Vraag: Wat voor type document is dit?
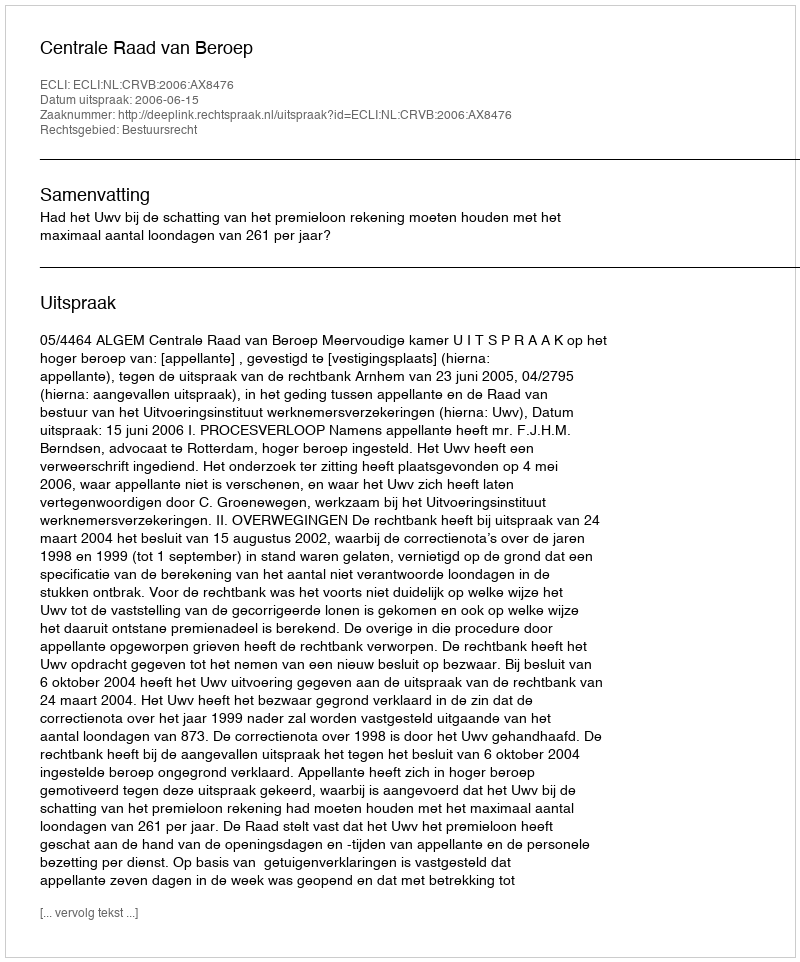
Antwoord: Uitspraak